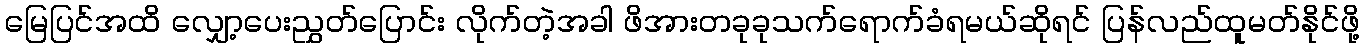
မြေပြင်အထိ လျှော့ပေးညွှတ်ပြောင်း လိုက်တဲ့အခါ ဖိအားတခုခုသက်ရောက်ခံရမယ်ဆိုရင် ပြန်လည်ထူမတ်နိုင်ဖို့